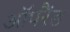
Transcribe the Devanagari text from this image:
ऑपरैंड